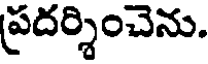
ప్రదర్శించెను.